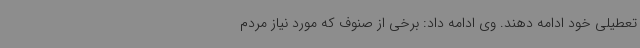
تعطیلی خود ادامه دهند. وی ادامه داد: برخی از صنوف که مورد نیاز مردم